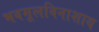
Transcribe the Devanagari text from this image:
भवमूलविनाशाय